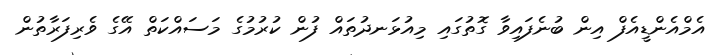
އެމްއެންޑީއެފް އިން ބުނެފައިވާ ގޮތުގައި މިއުޅަނދުތައް ފުން ކުރުމުގެ މަސައްކަތް އޭގެ ވެރިފަރާތުން